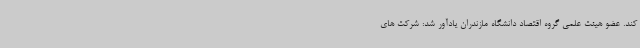
کند. عضو هیئت علمی گروه اقتصاد دانشگاه مازندران یادآور شد: شرکت های